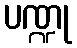
ပဏ္ဍု